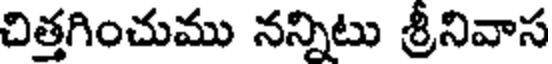
చిత్తగించుము నన్నిటు శ్రీనివాస